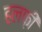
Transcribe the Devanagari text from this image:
हलफ़ी